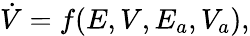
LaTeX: \begin{array}{r}{\dot{V}=f(E,V,E_{a},V_{a}),}\end{array}